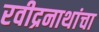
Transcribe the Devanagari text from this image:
रवीद्रनाथांचा